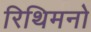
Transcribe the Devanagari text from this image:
रिथिमनो